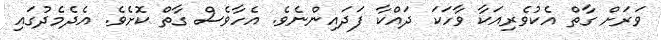
ވަރަށް ގާތް އެކުވެރިއަކާ ވާހަކަ ދައްކާ ފަދައިންނެވެ. އެހާވެސް ގާތް ކޮށެވެ. އެދެމެދުގައި